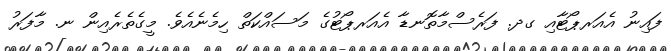
ފައިނު އެއަރޕޯޓާއި ގދ. ފަރެސްމާތޮނޑާ އެއަރޕޯޓުގެ މަސައްކަތް ހިމެނެއެވެ. މީގެތެރެއިން ނ. މާފަރު